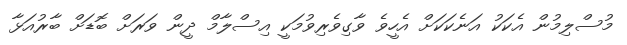
މުސްލިމުން އެކަކު އަނެކަކަށް އެހީވެ ވާގިވެރިވުމަކީ އިސްލާމް ދީން ވަރަށް ބޮޑަށް ބާރުއަޅާ